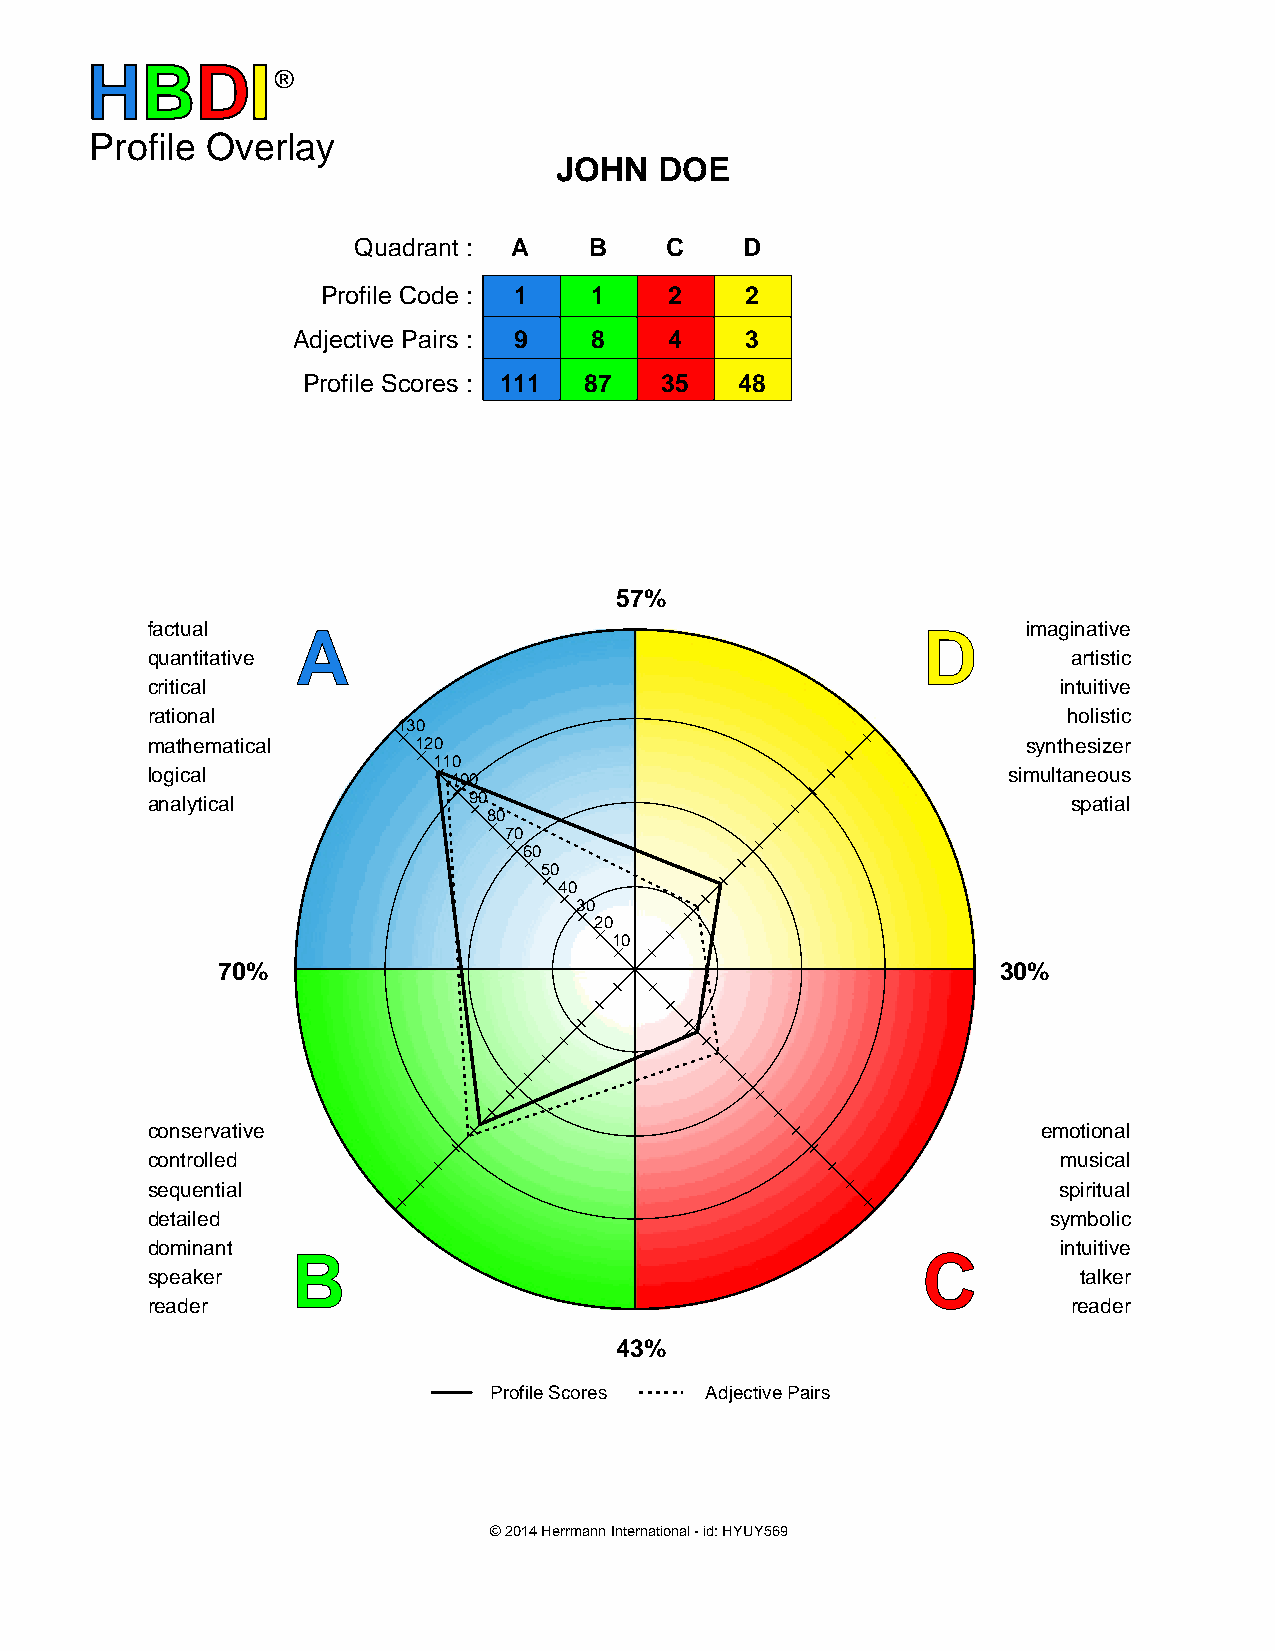
HBDI
 ®
 Profile Overlay
 JOHN   DOE
 Quadrant : A    B    C    D
 Profile Code : 1  1    2    2
 Adjective Pairs : 9 8    4    3
 Profile Scores : 111 87 35   48
 57%
 factual   A                                        D      imaginative
 quantitative                                                 artistic
 critical                                                    intuitive
 rational                                                     holistic
 130
 mathematical     120                                      synthesizer
 110
 logical                                                  simultaneous
 100
 analytical           90                                      spatial
 80
 70
 60
 50
 40
 30
 20
 10
 70%                                                 30%
 conservative                                               emotional
 controlled                                                  musical
 sequential                                                  spiritual
 detailed                                                    symbolic
 dominant                                                    intuitive
 B                                         C
 speaker                                                       talker
 reader                                                       reader
 43%
 Profile Scores Adjective Pairs
 © 2014 Herrmann International - id: HYUY569